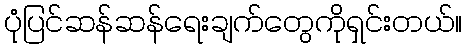
ပုံပြင်ဆန်ဆန်ရေးချက်တွေကိုရှင်းတယ်။